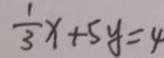
\frac { 1 } { 3 } x + 5 y = 4